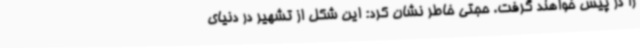
را در پیش خواهند گرفت. حجتی خاطر نشان کرد: این شکل از تشهیر در دنیای